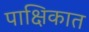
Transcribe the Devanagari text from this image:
पाक्षिकात